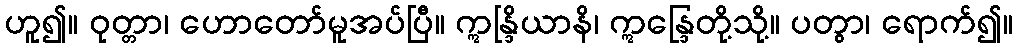
ဟူ၍။ ဝုတ္တာ၊ ဟောတော်မူအပ်ပြီ။ ဣန္ဒြိယာနိ၊ ဣန္ဒြေတို့သို့။ ပတွာ၊ ရောက်၍။